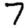
Digit: 7